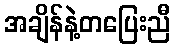
အချိန်နဲ့တပြေးညီ